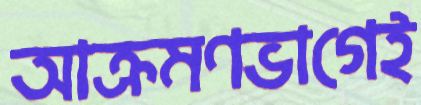
আক্রমণভাগেই